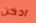
ادخن